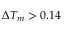
\Delta T _ { m } > 0 . 1 4